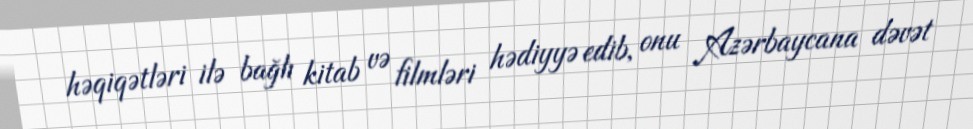
həqiqətləri ilə bağlı kitab və filmləri hədiyyə edib, onu Azərbaycana dəvət